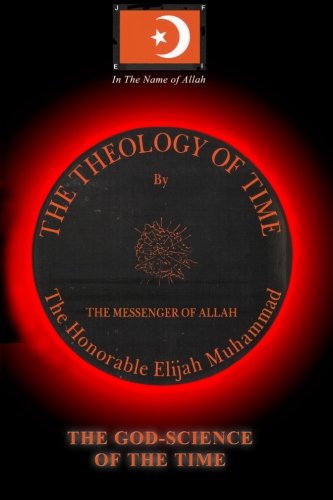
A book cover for THE THEOLOGY OF TIME: Secret of Time (Subject Indexed); Elijah Muhammad; Religion & Spirituality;